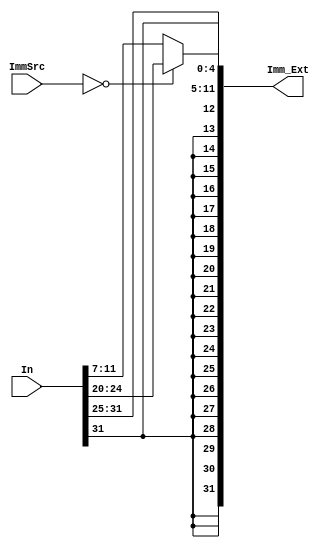
`timescale 1ns / 1ps
//////////////////////////////////////////////////////////////////////////////////
// Company: 
// Engineer: 
// 
// Design Name: 
// Module Name: Sign_Extend
// Project Name: 
// Target Devices: 
// Tool Versions: 
// Description: 
// 
// Dependencies: 
// 
// Revision:
// Revision 0.01 - File Created
// Additional Comments:
// 
//////////////////////////////////////////////////////////////////////////////////


module Sign_Extend( //our imm values are of 12 bits, we are sign extending it to 32 bits
        input [31:0] In,//inputs bits
        input [1:0] ImmSrc,
        output [31:0] Imm_Ext// output bits 
    );
    
    //extending by 20 bits which are the same as the MSB of th Input, so signed value is contained
     assign Imm_Ext =  (ImmSrc == 2'b00) ? ( { { 20{ In[31] } } , { In[31:20] } } ) :                   //Instruction[31:20] => LW => immExt [11:0]
                                           ( { { 20{ In[31] } } , { In[31:25],In[11:7] }  } );          //SW => BEW = same thing
                       //(ImmSrc == 2'b10) ? ( { { 20{ In[31] } } , { In[11:7] }  } ):             //BEQ => In[12][10:1][11]
                                          // ( { { 20{ In[31] } } , { In[31:20] } } );                    //LW  same as above  
                       

endmodule